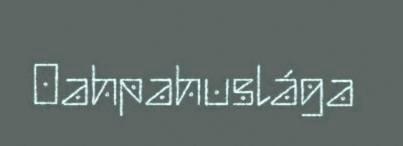
Oahpahuslága